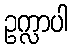
ဥက္လာပါ